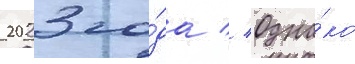
2023 го́да // Одна́ко